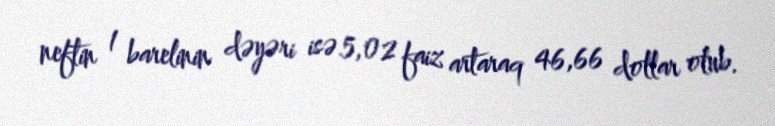
neftin 1 barelinin dəyəri isə 5,02 faiz artaraq 46,66 dollar olub.